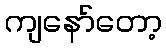
ကျနော်တော့